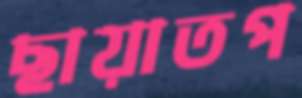
ছায়াতপ